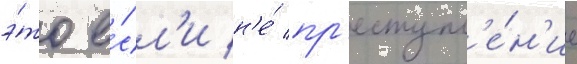
э́то е́сл'и н'е́ пр'еступл'е́н'ие